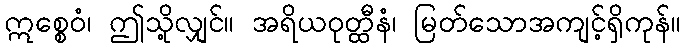
ဣစ္စေဝံ၊ ဤသို့လျှင်။ အရိယဝုတ္ထီနံ၊ မြတ်သောအကျင့်ရှိကုန်။